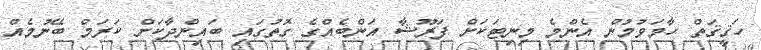
ހަޤީޤަތް ހާމަވުމުން އެންމެ މިނިޓަކަށް ފަރޫޝާ އަންބެއްގެ ގޮތުގައި ބައިންދާކަށް ކަރަމް ބޭނުމެއް